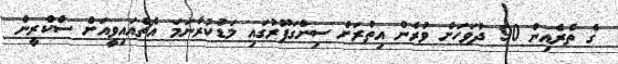
ގެ ތެރެއިން 90 ދުވަހަށް ވުރެން އިތުރަށް ސިންގަޕޫރުގައި މަޑުކުރާނަމަ އެޗްއައިވީއަށް ސްކްރީން